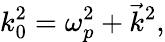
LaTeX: k_{0}^{2}=\omega_{p}^{2}+{\vec{k}}^{2},